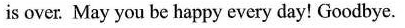
is over. May you be happy every day! Goodbye.